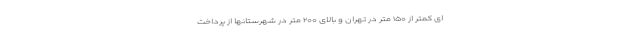
ای کمتر از ۱۵۰ متر در تهران و بالای ۲۰۰ متر در شهرستانها از پرداخت